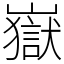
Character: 嶽